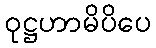
ဝုဋ္ဌဟာမိပိပေ